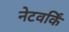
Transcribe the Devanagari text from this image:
नेटवर्किं